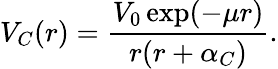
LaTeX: V_{C}(r)=\frac{V_{0}\exp(-\mu r)}{r(r+\alpha_{C})}.